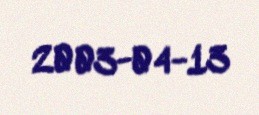
2003-04-13